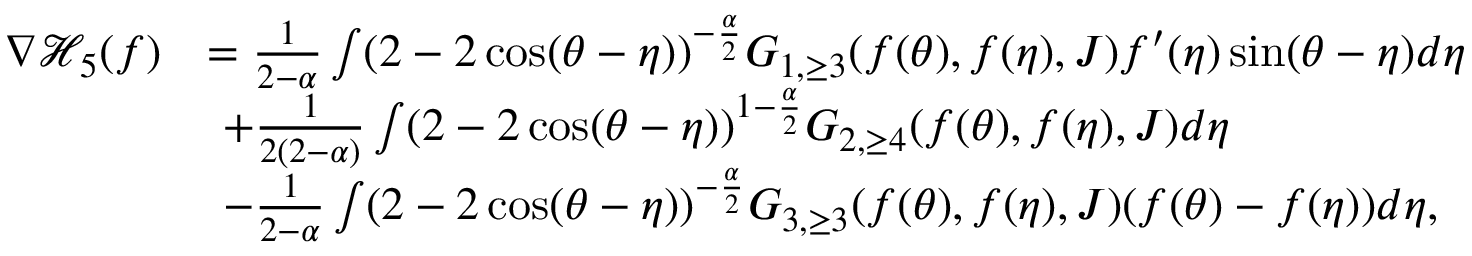
\begin{array} { r l } { \nabla \mathcal { H } _ { 5 } ( f ) } & { = \frac { 1 } { 2 - \alpha } \int ( 2 - 2 \cos ( \theta - \eta ) ) ^ { - \frac { \alpha } { 2 } } G _ { 1 , \ge 3 } ( f ( \theta ) , f ( \eta ) , { J } ) f ^ { \prime } ( \eta ) \sin ( \theta - \eta ) d \eta } \\ & { \ + \frac { 1 } { 2 ( 2 - \alpha ) } \int ( 2 - 2 \cos ( \theta - \eta ) ) ^ { 1 - \frac { \alpha } { 2 } } G _ { 2 , \ge 4 } ( f ( \theta ) , f ( \eta ) , { J } ) d \eta } \\ & { \ - \frac { 1 } { 2 - \alpha } \int ( 2 - 2 \cos ( \theta - \eta ) ) ^ { - \frac { \alpha } { 2 } } G _ { 3 , \ge 3 } ( f ( \theta ) , f ( \eta ) , { J } ) ( f ( \theta ) - f ( \eta ) ) d \eta , } \end{array}